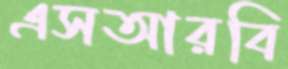
এসআরবি